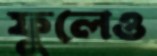
ফুলেও